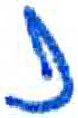
אות: נ